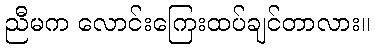
ညီမက လောင်းကြေးထပ်ချင်တာလား။